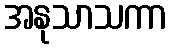
အနုသာသကာ